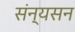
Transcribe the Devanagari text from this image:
संन्यसन